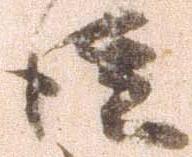
徒